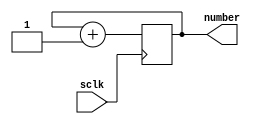
`timescale 1ns / 1ps
//////////////////////////////////////////////////////////////////////////////////
// Company: 
// Engineer: 
// 
// Design Name: 
// Module Name: debug_counter
// Project Name: 
// Target Devices: 
// Tool Versions: 
// Description: 
// 
// Dependencies: 
// 
// Revision:
// Revision 0.01 - File Created
// Additional Comments:
// 
//////////////////////////////////////////////////////////////////////////////////


module debug_counter(
    input sclk,
    output reg [6:0] number
    );
    always@(posedge sclk) begin
    number = number+1;
    end
endmodule